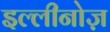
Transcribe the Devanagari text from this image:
इल्लीनोज़